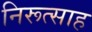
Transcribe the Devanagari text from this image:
निरूत्साह